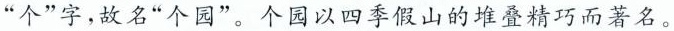
”个”字，故名”个园”。个园以四季假山的堆叠精巧而著名。